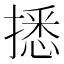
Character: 𢴑